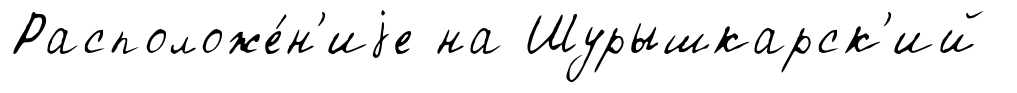
Расположе́н'иjе на Шурышкарск'ий